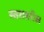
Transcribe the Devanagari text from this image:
स्‍तरावरील